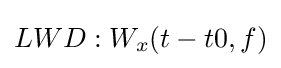
LWD:W_{x}(t-t0,f)